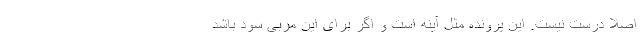
اصلا درست نیست. این پرونده مثل آینه است و اگر برای این مربی سود باشد